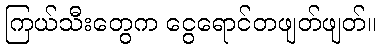
ကြယ်သီးတွေက ငွေရောင်တဖျတ်ဖျတ်။